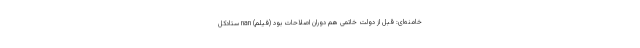
خامنه‌ای: قبل از دولت خاتمی هم دوران اصلاحات بود (فیلم) nan ستادکل